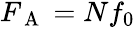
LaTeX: \begin{array}{r}{F_{\mathrm{~A~}}=Nf_{0}}\end{array}